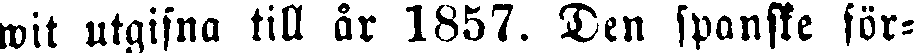
wit utgifna till år 1857. Den spanske för-